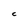
Character: c